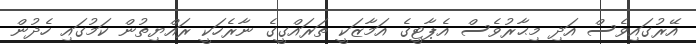
އޭރުގައިވެސް އަދި މިޙާރުވެސް އެޕާޓީގެ އަމާޒަކީ ތަރައްގީގެ ނާރެހަކީ ރައްޔިތުން ކަމުގައި ހެދުން